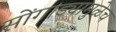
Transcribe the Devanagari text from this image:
सोंगाड्यामुळेच